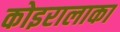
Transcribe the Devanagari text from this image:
कोइरालाका